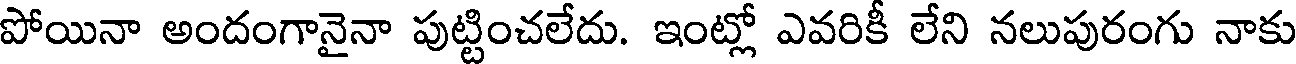
పోయినా అందంగానైనా పుట్టించలేదు. ఇంట్లో ఎవరికీ లేని నలుపురంగు నాకు